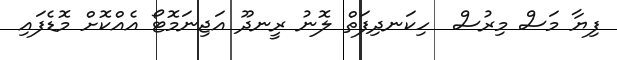
ފިޔާ މަސް މިރުސް  ހިކަނދިފަތް ލޮނު ރީނދޫ އަޖިނަމޮޓޯ އެއްކޮށް މޮޑެފައި